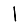
Digit: 1